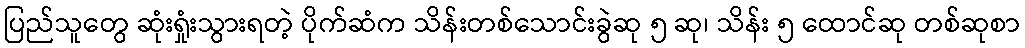
ပြည်သူတွေ ဆုံးရှုံးသွားရတဲ့ ပိုက်ဆံက သိန်းတစ်သောင်းခွဲဆု ၅ ဆု၊ သိန်း ၅ ထောင်ဆု တစ်ဆုစာ